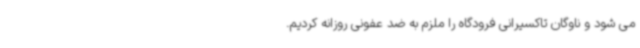
می شود و ناوگان تاکسیرانی فرودگاه را ملزم به ضد عفونی روزانه کردیم.